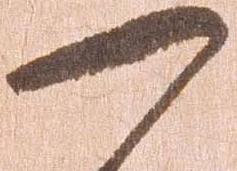
可